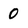
Character: 0